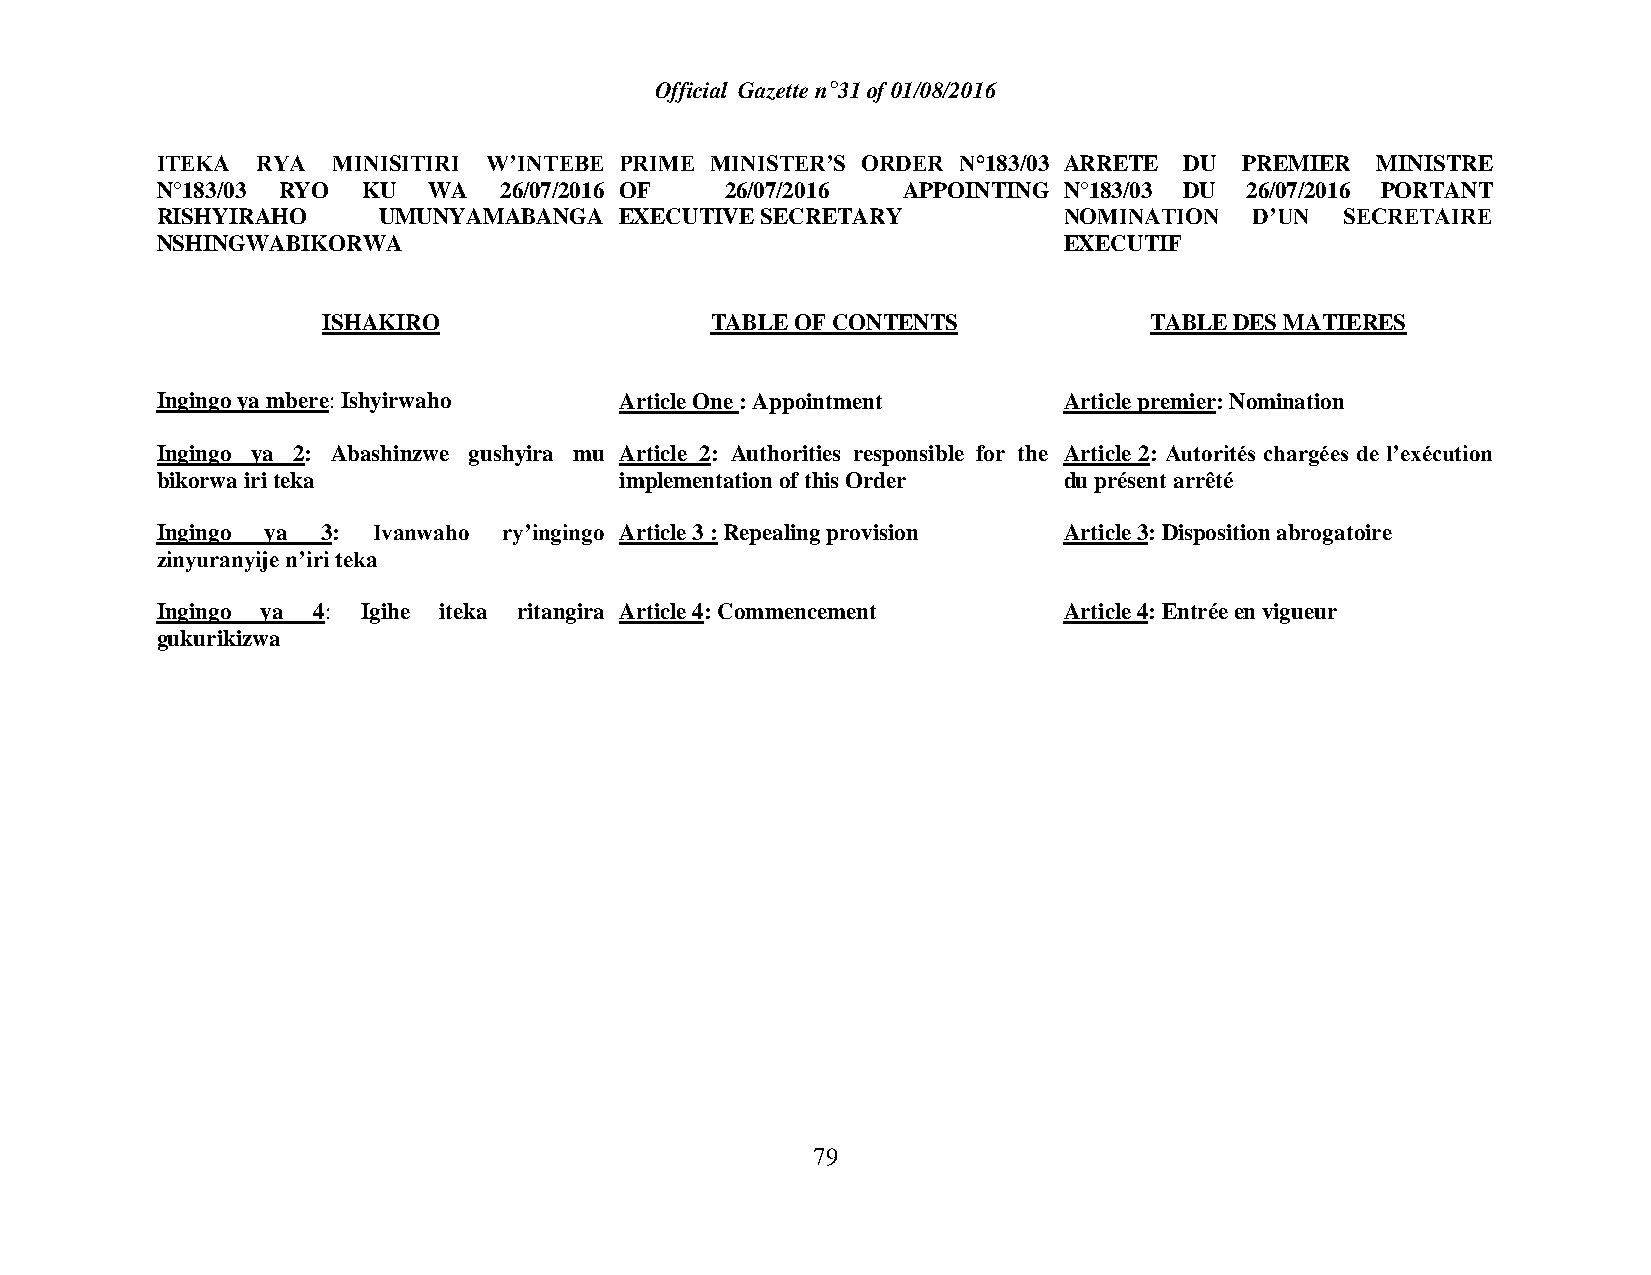
Official Gazette n°31 of 01/08/2016
 ITEKA  RYA  MINISITIRI W’INTEBE PRIME MINISTER’S ORDER N°183/03 ARRETE DU PREMIER MINISTRE
 N°183/03 RYO  KU  WA   26/07/2016 OF  26/07/2016  APPOINTING N°183/03 DU 26/07/2016 PORTANT
 RISHYIRAHO     UMUNYAMABANGA   EXECUTIVE SECRETARY          NOMINATION   D’UN  SECRETAIRE
 NSHINGWABIKORWA                                             EXECUTIF
 ISHAKIRO                  TABLE OF CONTENTS            TABLE DES MATIERES
 Ingingo ya mbere: Ishyirwaho   Article One : Appointment    Article premier: Nomination
 Ingingo ya 2: Abashinzwe gushyira mu Article 2: Authorities responsible for the Article 2: Autorités chargées de l’exécution
 bikorwa iri teka               implementation of this Order du présent arrêté
 Ingingo ya 3:  Ivanwaho ry’ingingo Article 3 : Repealing provision Article 3: Disposition abrogatoire
 zinyuranyije n’iri teka
 Ingingo ya 4: Igihe iteka ritangira Article 4: Commencement Article 4: Entrée en vigueur
 gukurikizwa
 79